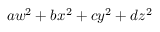
a w ^ { 2 } + b x ^ { 2 } + c y ^ { 2 } + d z ^ { 2 }